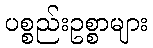
ပစ္စည်းဥစ္စာများ